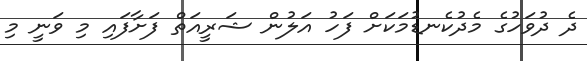
ދެ ދުވަހުގެ މެދުކެނޑުމަކަށް ފަހު އަލުން ޝަރީއަތް ފަށާފައި މި ވަނީ މި